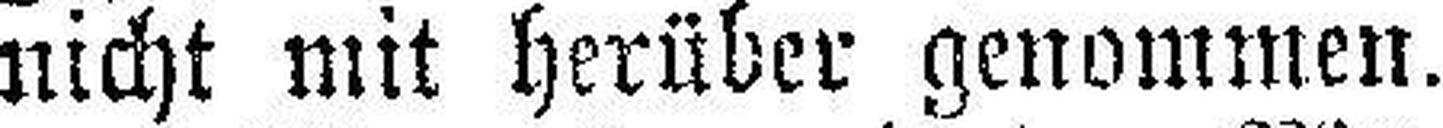
nicht mit herüber genommen.